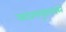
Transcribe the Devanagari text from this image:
नाट्यसमूहासमवेत